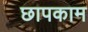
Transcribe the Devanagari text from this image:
छापकाम